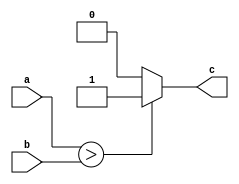
// GCompare unit ** > ** Greater than
// Algorithm :: bool c = a > b;
// unit type :: combinational
// Note      :: all arithmetic operations will use signed (2'complement) 10-bit width

module GCompare
#(parameter WIDTH=10)
(a, b, c);
input signed [WIDTH-1:0] a, b;
output c;

assign c = (a > b)? 1'b1 : 1'b0 ;
endmodule